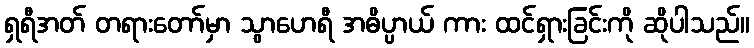
ရှရီအတ် တရားတော်မှာ သွာဟေရီ အဓိပ္ပာယ် ကား ထင်ရှားခြင်းကို ဆိုပါသည်။